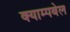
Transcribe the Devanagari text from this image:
क्याम्पबेल